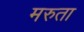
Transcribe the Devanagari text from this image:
मरुता